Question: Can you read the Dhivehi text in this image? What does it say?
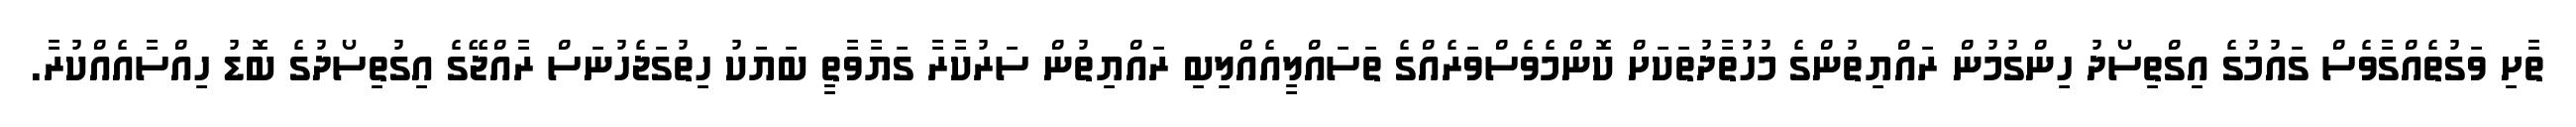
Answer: ތާށި ވަގުތެއްގާވެސް ގައުމުގެ އިގްތިސޯދު ހިންގުމުން ރައްޔިތުންގެ މުހުތާދުތަކަށް ކޮންމެވެސްވަރެއްގެ ތަސައްލީއެއްލިބި ރައްޔިތުން ސަރުކާރާ ގަޔާވާތީ ބަޔަކު ހިތުގަޖެހުނަސް ރާއްޖޭގެ އިގުތިސޯދުގެ ބޮޑު ހިއްސާއެއްކުރާ.